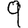
Digit: 9